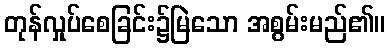
တုန်လှုပ်စေခြင်း၌မြဲသော အစွမ်းမည်၏။